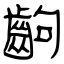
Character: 齣